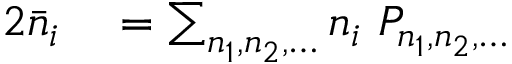
\begin{array} { r l } { { 2 } { \bar { n } } _ { i } } & { { } = \sum _ { n _ { 1 } , n _ { 2 } , \dots } n _ { i } \ P _ { n _ { 1 } , n _ { 2 } , \dots } } \end{array}